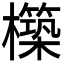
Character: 𭬬